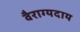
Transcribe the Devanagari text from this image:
वैराग्यदाय